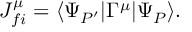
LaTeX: J _ { f i } ^ { \mu } = \langle \Psi _ { P ^ { \prime } } | \Gamma ^ { \mu } | \Psi _ { P } \rangle .